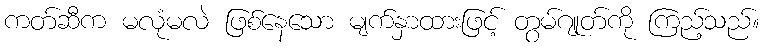
ကတ်ဆီက မလုံမလဲ ဖြစ်နေသော မျက်နှာထားဖြင့် တွမ်ဂျုတ်ကို ကြည့်သည်။